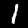
Digit: 1